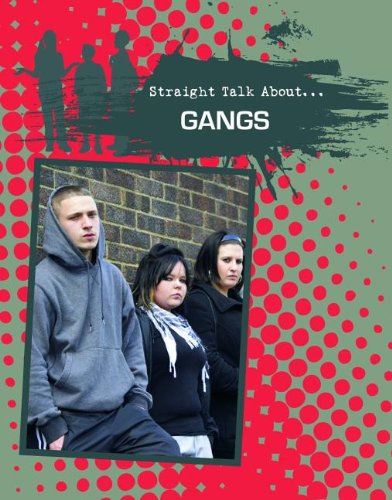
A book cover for Gangs (Straight Talk About...(Crabtree)); James Bow; Teen & Young Adult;